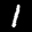
Label: 1